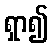
ရှာ၍